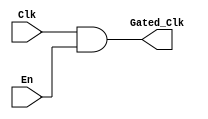
module clock_gating_cell (
    input wire Clk,         // Main clock signal
    input wire En,          // Enable signal
    output wire Gated_Clk   // Gated clock signal
);
    assign Gated_Clk = Clk & En; // Clock gating logic
endmodule